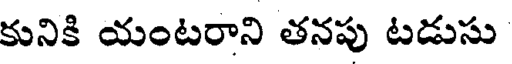
కునికి యంటరాని తనపు టడుసు